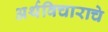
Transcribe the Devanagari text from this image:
अर्थविचाराचे